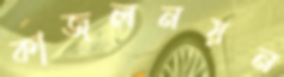
কাজলনয়ন